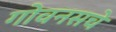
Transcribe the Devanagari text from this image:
गोवनसचे